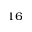
^ { 1 6 }